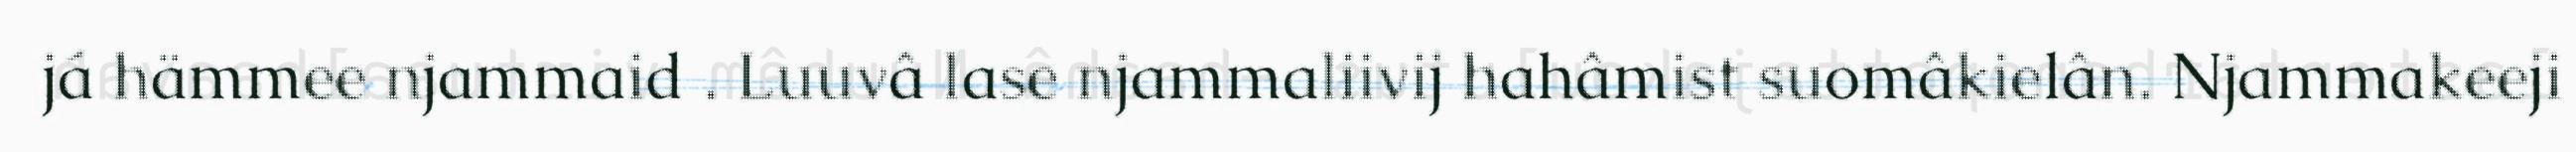
já hämmee njammaid . Luuvâ lase njammaliivij hahâmist suomâkielân. Njammakeeji